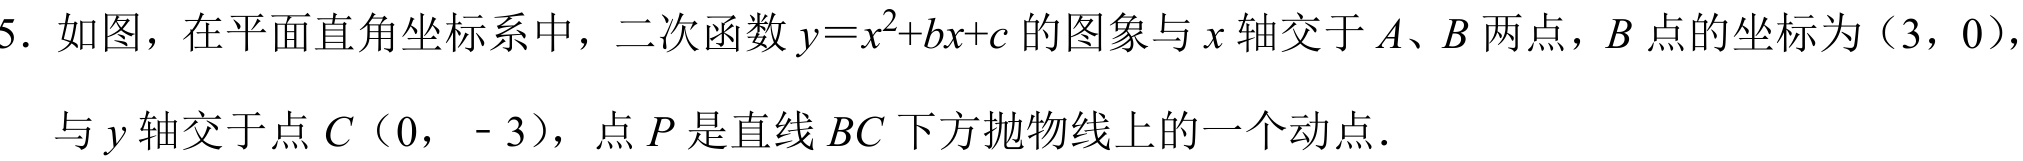
5. 如图，在平面直角坐标系中，二次函数\(y = x^{2}+bx + c\)的图象与\(x\)轴交于\(A、B\)两点，\(B\)点的坐标为（3，0），与\(y\)轴交于点\(C\)（0， - 3），点\(P\)是直线\(BC\)下方抛物线上的一个动点.